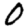
Digit: 0